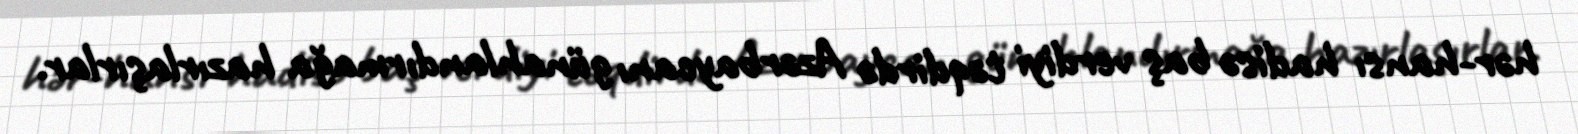
hər-hansı hadisə baş verdiyi təqdirdə Azərbaycanı günahlandırmağa hazırlaşırlar.